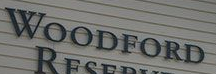
WOODFORD